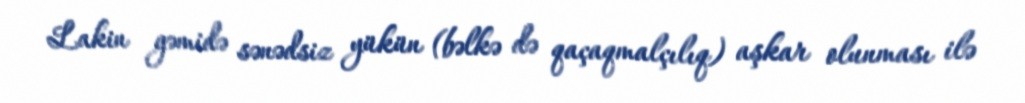
Lakin gəmidə sənədsiz yükün (bəlkə də qaçaqmalçılıq) aşkar olunması ilə